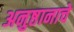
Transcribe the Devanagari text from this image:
अनुष्ठानाचे